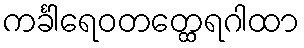
ကင်္ခါရေဝတတ္ထေရဂါထာ